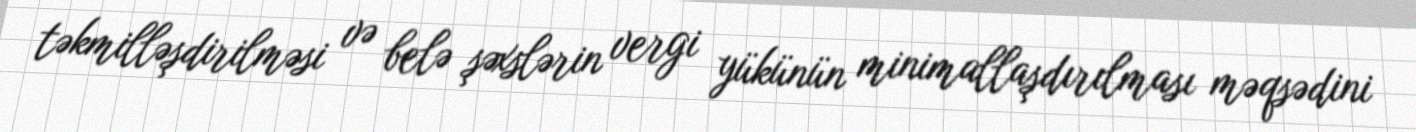
təkmilləşdirilməsi və belə şəxslərin vergi yükünün minimallaşdırılması məqsədini